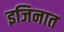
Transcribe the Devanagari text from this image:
इजिनात